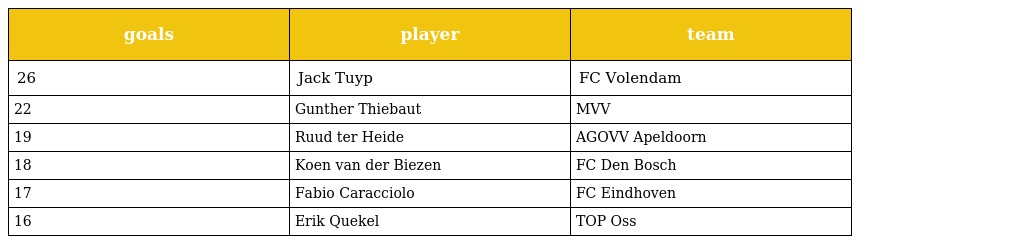
| goals | player | team |
 | --- | --- | --- |
 | 26 | Jack Tuyp | FC Volendam |
 | 22 | Gunther Thiebaut | MVV |
 | 19 | Ruud ter Heide | AGOVV Apeldoorn |
 | 18 | Koen van der Biezen | FC Den Bosch |
 | 17 | Fabio Caracciolo | FC Eindhoven |
 | 16 | Erik Quekel | TOP Oss |